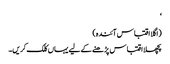
‘
(اگلا اقتباس آئندہ)
پچھلا اقتباس پڑھنے کے لیے یہاں کلک کریں۔